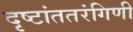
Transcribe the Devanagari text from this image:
दृष्टांततरंगिणी